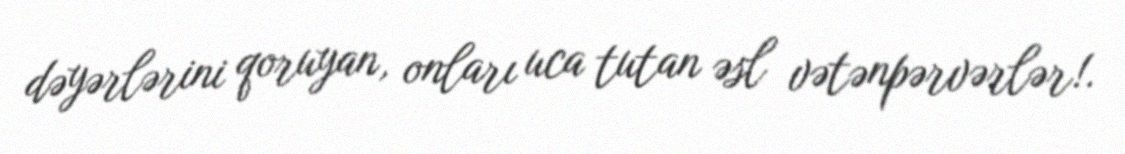
dəyərlərini qoruyan, onları uca tutan əsl vətənpərvərlər!.